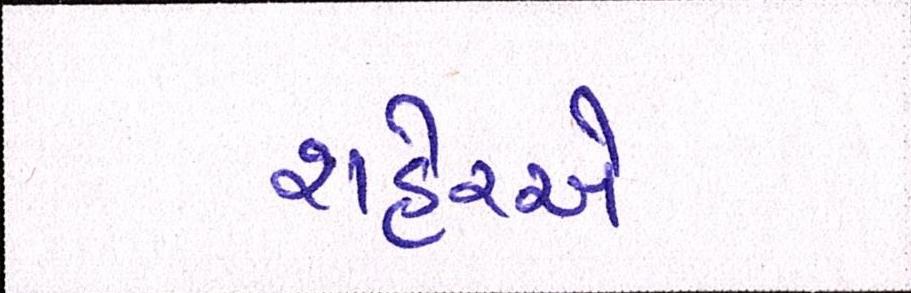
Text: શહેરએ